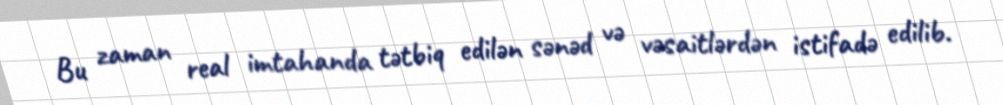
Bu zaman real imtahanda tətbiq edilən sənəd və vəsaitlərdən istifadə edilib.